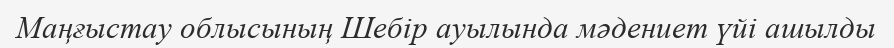
Маңғыстау облысының Шебір ауылында мәдениет үйі ашылды